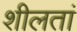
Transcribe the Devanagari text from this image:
शीलतां